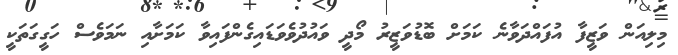
މިލިއަން ވަޒީފާ އުފައްދަވާނެ ކަމަށް ބޮޑުވަޒީރު މޯދީ ވައުދުވެވަޑައިގެންފައިވާ ކަމަށާއި ނަމަވެސް ހަގީގަތަކީ